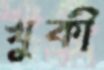
খুকী